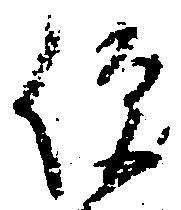
便